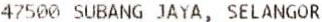
47500 SUBANG JAYA, SELANGOR